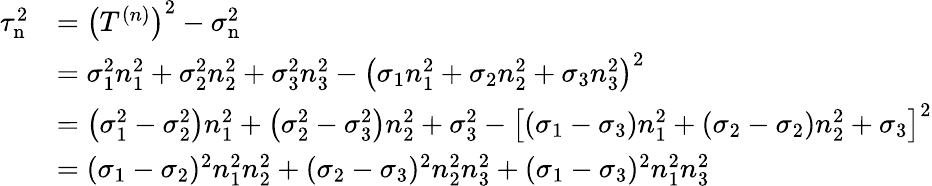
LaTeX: {\begin{array}{rl}{\tau_{\mathrm{n}}^{2}}&{=\left(T^{(n)}\right)^{2}-\sigma_{\mathrm{n}}^{2}}\\ &{=\sigma_{1}^{2}n_{1}^{2}+\sigma_{2}^{2}n_{2}^{2}+\sigma_{3}^{2}n_{3}^{2}-\left(\sigma_{1}n_{1}^{2}+\sigma_{2}n_{2}^{2}+\sigma_{3}n_{3}^{2}\right)^{2}}\\ &{=\left(\sigma_{1}^{2}-\sigma_{2}^{2}\right)n_{1}^{2}+\left(\sigma_{2}^{2}-\sigma_{3}^{2}\right)n_{2}^{2}+\sigma_{3}^{2}-\left[\left(\sigma_{1}-\sigma_{3}\right)n_{1}^{2}+\left(\sigma_{2}-\sigma_{2}\right)n_{2}^{2}+\sigma_{3}\right]^{2}}\\ &{=(\sigma_{1}-\sigma_{2})^{2}n_{1}^{2}n_{2}^{2}+(\sigma_{2}-\sigma_{3})^{2}n_{2}^{2}n_{3}^{2}+(\sigma_{1}-\sigma_{3})^{2}n_{1}^{2}n_{3}^{2}}\end{array}}